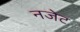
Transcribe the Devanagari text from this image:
नजेट